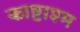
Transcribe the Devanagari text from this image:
काष्टाश्म